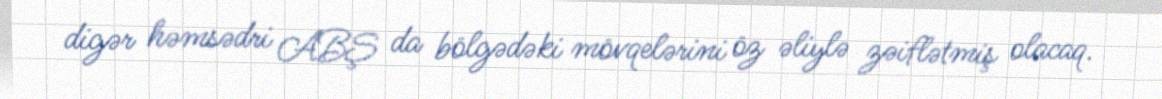
digər həmsədri ABŞ da bölgədəki mövqelərini öz əliylə zəiflətmiş olacaq.